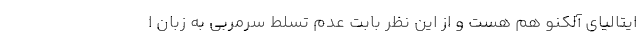
ایتالیای آلکنو هم هست و از این نظر بابت عدم تسلط سرمربی به زبان ا